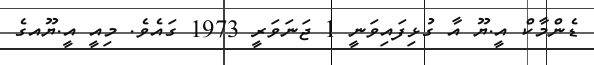
ޑެންމާކް އީ.ޔޫ އާ ގުޅިފައިވަނީ 1 ޖަނަވަރީ 1973 ގައެވެ. މިއީ އީ.ޔޫއގެ